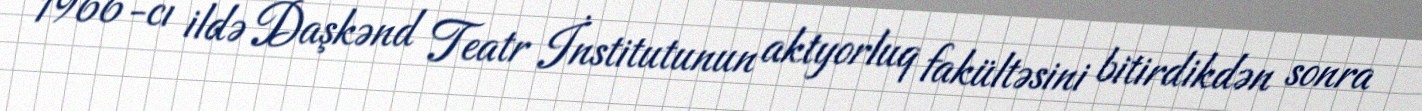
1966-cı ildə Daşkənd Teatr İnstitutunun aktyorluq fakültəsini bitirdikdən sonra